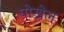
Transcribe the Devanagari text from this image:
पोख्रेल